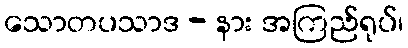
သောတပသာဒ - နား အကြည်ရုပ်၊